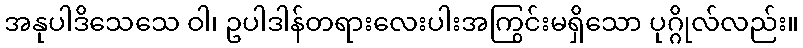
အနုပါဒိသေသေ ဝါ၊ ဥပါဒါန်တရားလေးပါးအကြွင်းမရှိသော ပုဂ္ဂိုလ်လည်း။